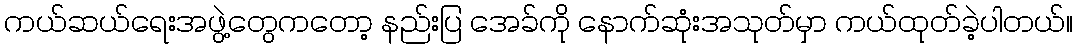
ကယ်ဆယ်ရေးအဖွဲ့တွေကတော့ နည်းပြ အေခ်ကို နောက်ဆုံးအသုတ်မှာ ကယ်ထုတ်ခဲ့ပါတယ်။